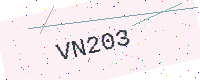
Text: VN203